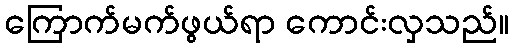
ကြောက်မက်ဖွယ်ရာ ကောင်းလှသည်။